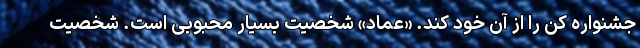
جشنواره کن را از آن خود کند. «عماد» شخصیت بسیار محبوبی است. شخصیت